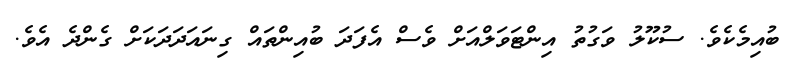
ބުއިމެކެވެ. ސުކޫލު ވަގުތު އިންޓަވަލްއަށް ވެސް އެފަދަ ބުއިންތައް ގިނައަދަދަކަށް ގެންދެ އެވެ.